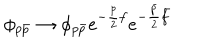
\phi _ { p { \bar { p } } } \rightarrow \phi _ { p { \bar { p } } } e ^ { - \frac { p } { 2 } f } e ^ { - \frac { \bar { p } } { 2 } { \bar { f } } }